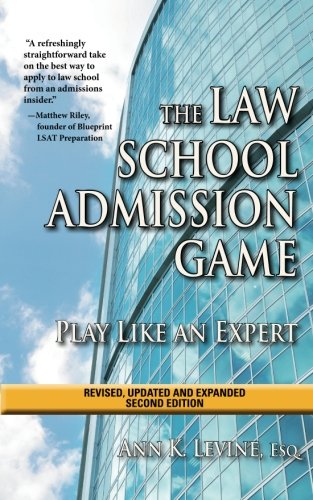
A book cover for The Law School Admission Game: Play Like an Expert, Second Edition (Law School Expert); Ann K. Levine Esq.; Education & Teaching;